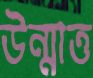
উন্মাত্ত